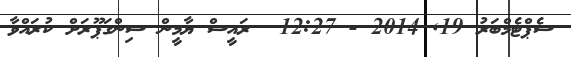
ސެޕްޓެމްބަރު 19